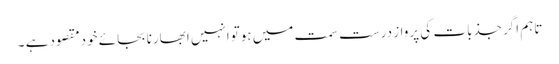
تاہم اگرجذبات کی پرواز درست سمت میں ہوتوانہیں ابھارنا بجائے خودمقصودہے ۔